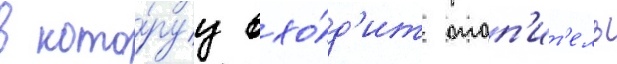
в кото́руу вхо́д'ит отоп'ит'ель